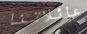
عائلاتنا